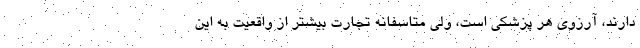
دارند، آرزوی هر پزشکی است، ولی متاسفانه تجارت بیشتر از واقعیت به این